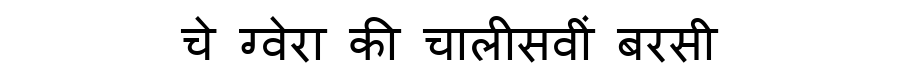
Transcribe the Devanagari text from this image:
चे ग्वेरा की चालीसवीं बरसी